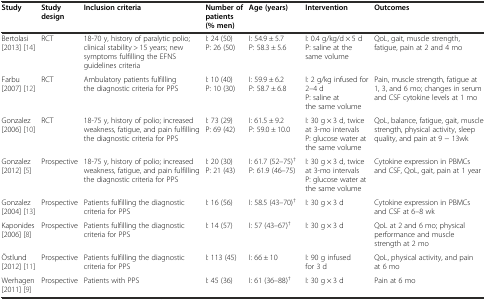
| Study | Study design | Inclusion criteria | Number of patients (% men) | Age (years) | Intervention | Outcomes |
 | --- | --- | --- | --- | --- | --- | --- |
 | Bertolasi [2013] [14] | RCT | 18-70 y, history of paralytic polio; clinical stability > 15 years; new symptoms fulfilling the EFNS guidelines criteria | I: 24 (50) P: 26 (50) | I: 54.9 ± 5.7 P: 58.3 ± 5.6 | I: 0.4 g/kg/d × 5 d P: saline at the same volume | QoL, gait, muscle strength, fatigue, pain at 2 and 4 mo |
 | Farbu [2007] [12] | RCT | Ambulatory patients fulfilling the diagnostic criteria for PPS | I: 10 (40) P: 10 (30) | I: 59.9 ± 6.2 P: 58.7 ± 6.8 | I: 2 g/kg infused for 2–4 d P: saline at the same volume | Pain, muscle strength, fatigue at 1, 3, and 6 mo; changes in serum and CSF cytokine levels at 1 mo |
 | Gonzalez [2006] [10] | RCT | 18-75 y, history of polio; increased weakness, fatigue, and pain fulfilling the diagnostic criteria for PPS | I: 73 (29) P: 69 (42) | I: 61.5 ± 9.2 P: 59.0 ± 10.0 | I: 30 g × 3 d, twice at 3-mo intervals P: glucose water at the same volume | QoL, balance, fatigue, gait, muscle strength, physical activity, sleep quality, and pain at 9 − 13wk |
 | Gonzalez [2012] [5] | Prospective | 18-75 y, history of polio; increased weakness, fatigue, and pain fulfilling the diagnostic criteria for PPS | I: 20 (30) P: 21 (43) | I: 61.7 (52–75)† P: 61.9 (46–75) | I: 30 g × 3 d, twice at 3-mo intervals P: glucose water at the same volume | Cytokine expression in PBMCs and CSF, QoL, gait, pain at 1 year |
 | Gonzalez [2004] [13] | Prospective | Patients fulfilling the diagnostic criteria for PPS | I: 16 (56) | I: 58.5 (43–70)† | I: 30 g × 3 d | Cytokine expression in PBMCs and CSF at 6–8 wk |
 | Kaponides [2006] [8] | Prospective | Patients fulfilling the diagnostic criteria for PPS | I: 14 (57) | I: 57 (43–67)† | I: 30 g × 3 d | QoL at 2 and 6 mo; physical performance and muscle strength at 2 mo |
 | Östlund [2012] [11] | Prospective | Patients fulfilling the diagnostic criteria for PPS | I: 113 (45) | I: 66 ± 10 | I: 90 g infused for 3 d | QoL, physical activity, and pain at 6 mo |
 | Werhagen [2011] [9] | Prospective | Patients with PPS | I: 45 (36) | I: 61 (36–88)† | I: 30 g × 3 d | Pain at 6 mo |